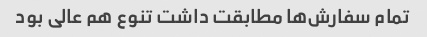
تمام سفارش‌ها مطابقت داشت تنوع هم عالی بود